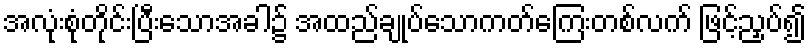
အလုံးစုံတိုင်းပြီးသောအခါ၌ အထည်ချုပ်သောကတ်ကြေးတစ်လက် ဖြင့်ညှပ်၍